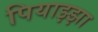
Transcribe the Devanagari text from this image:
पियाझ्झा